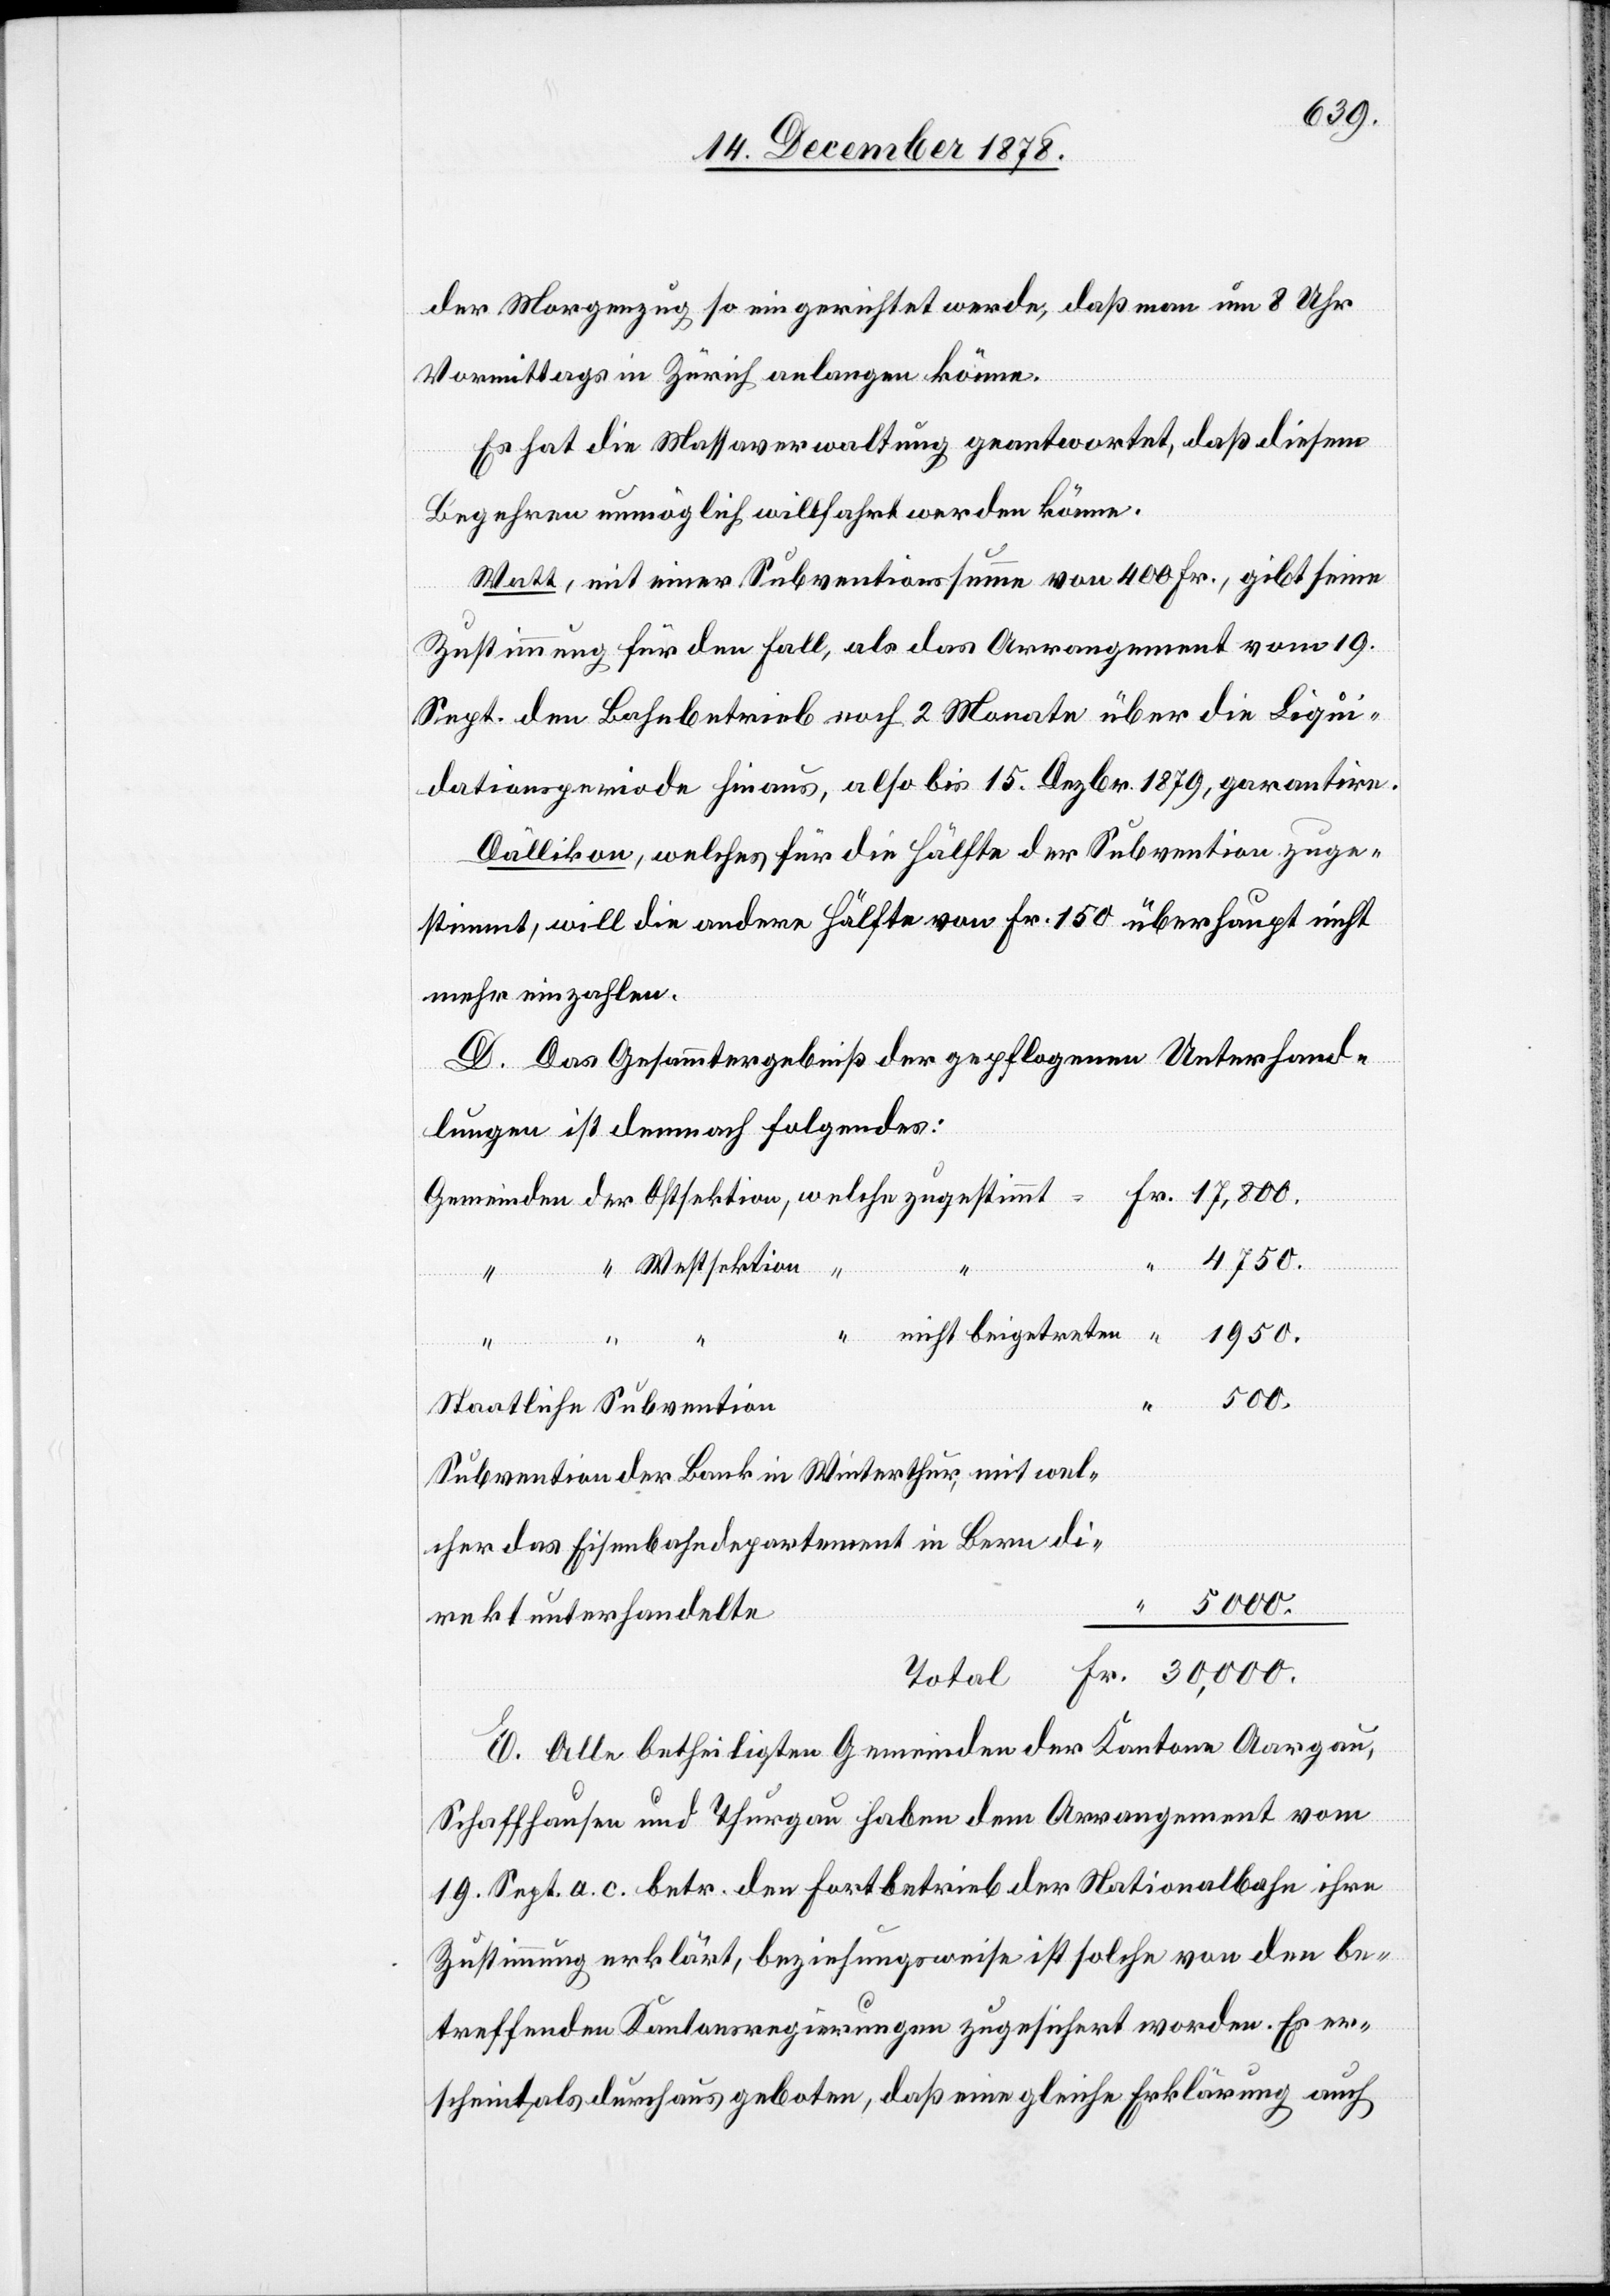
der Morgenzug so eingerichtet werde, daß man um 8 Uhr
Vormittags in Zürich anlangen könne.
Es hat die Massaverwaltung geantwortet, daß diesem
Begehren unmöglich willfahrt werden könne.
Watt, mit einer Subventionssumme von 400 Fr., gibt seine
Zustimmung für den Fall, als das Arrangement vom 19.
Sept. den Bahnbetrieb noch 2 Monate über die Liqui¬
dationsperiode hinaus, also bis 15. Dezbr. 1879, garantire.
Dällikon, welches für die Hälfte der Subvention zuge¬
stimmt, will die andere Hälfte von Fr. 150 überhaupt nicht
mehr einzahlen.
D. Das Gesammtergebniß der gepflogenen Unterhand¬
lungen ist demnach folgendes:
4750.
“
Westsektion
nicht beigetreten
1950.
500.
Staatliche Subvention
Subvention der Bank in Winterthur, mit wel¬
cher das Eisenbahndepartement in Bern di¬
30,000.
rekt unterhandelte
Total
Fr.
E. Alle betheiligten Gemeinden der Kantone Aargau,
Schaffhausen und Thurgau haben dem Arrangement vom
19. Sept. a. c. betr. den Fortbetrieb der Nationalbahn ihre
Zustimmung erklärt, beziehungsweise ist solche von den be¬
treffenden Kantonsregierungen zugesichert worden. Es er¬
scheint als durchaus geboten, daß eine gleiche Erklärung auch